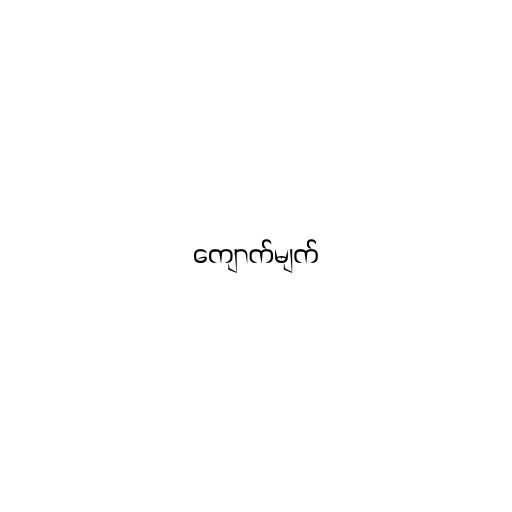
ကျောက်မျက်